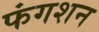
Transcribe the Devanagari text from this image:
फंगशन